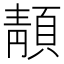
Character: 𩓨